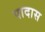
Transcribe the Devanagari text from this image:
पादास